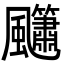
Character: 𮨳